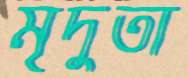
মৃদুতা